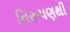
નિરૂપણથી